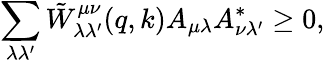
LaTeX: \sum_{\lambda\lambda^{\prime}}\tilde{W}_{\lambda\lambda^{\prime}}^{\mu\nu}(q,k)A_{\mu\lambda}A_{\nu\lambda^{\prime}}^{\ast}\geq 0,